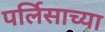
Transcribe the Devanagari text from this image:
पर्लिसाच्या